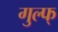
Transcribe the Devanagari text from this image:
गुल्फ्